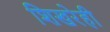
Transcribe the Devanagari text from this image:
शिखरेही